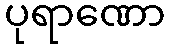
ပုရာဏော